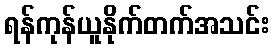
ရန်ကုန်ယူနိုက်တက်အသင်း